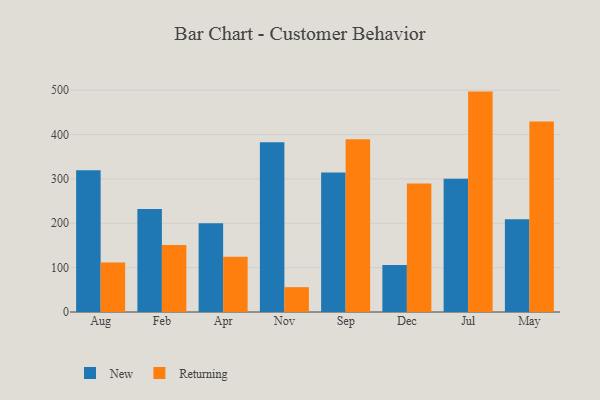
{"axis": {"x": "Month", "y": "Humidity (%)"}, "legend": ["New", "Returning"], "data": [{"x": "Aug", "y": 319.7, "type": "New"}, {"x": "Aug", "y": 111.8, "type": "Returning"}, {"x": "Feb", "y": 232.1, "type": "New"}, {"x": "Feb", "y": 151.0, "type": "Returning"}, {"x": "Apr", "y": 200.1, "type": "New"}, {"x": "Apr", "y": 124.6, "type": "Returning"}, {"x": "Nov", "y": 382.6, "type": "New"}, {"x": "Nov", "y": 56.0, "type": "Returning"}, {"x": "Sep", "y": 314.7, "type": "New"}, {"x": "Sep", "y": 389.4, "type": "Returning"}, {"x": "Dec", "y": 106.2, "type": "New"}, {"x": "Dec", "y": 289.7, "type": "Returning"}, {"x": "Jul", "y": 300.4, "type": "New"}, {"x": "Jul", "y": 496.8, "type": "Returning"}, {"x": "May", "y": 208.8, "type": "New"}, {"x": "May", "y": 429.6, "type": "Returning"}]}